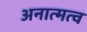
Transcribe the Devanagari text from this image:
अनात्मत्व